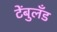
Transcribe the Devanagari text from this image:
टेंबुलँड